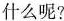
什么呢？